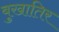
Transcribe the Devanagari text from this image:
बुखातिर